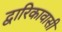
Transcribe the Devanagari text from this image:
द्वारिकावासी